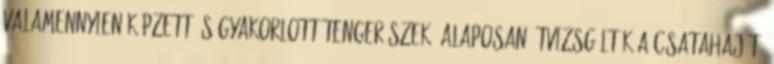
valamennyien képzett és gyakorlott tengerészek, alaposan átvizsgálták a csatahajót,